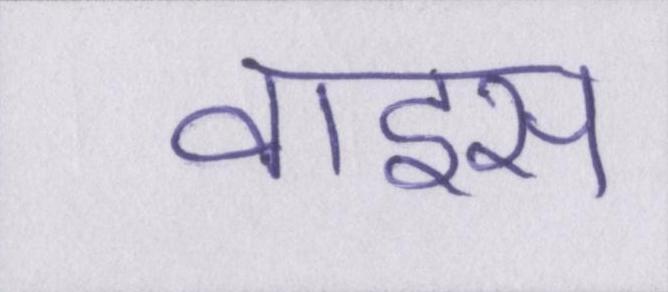
वाइस